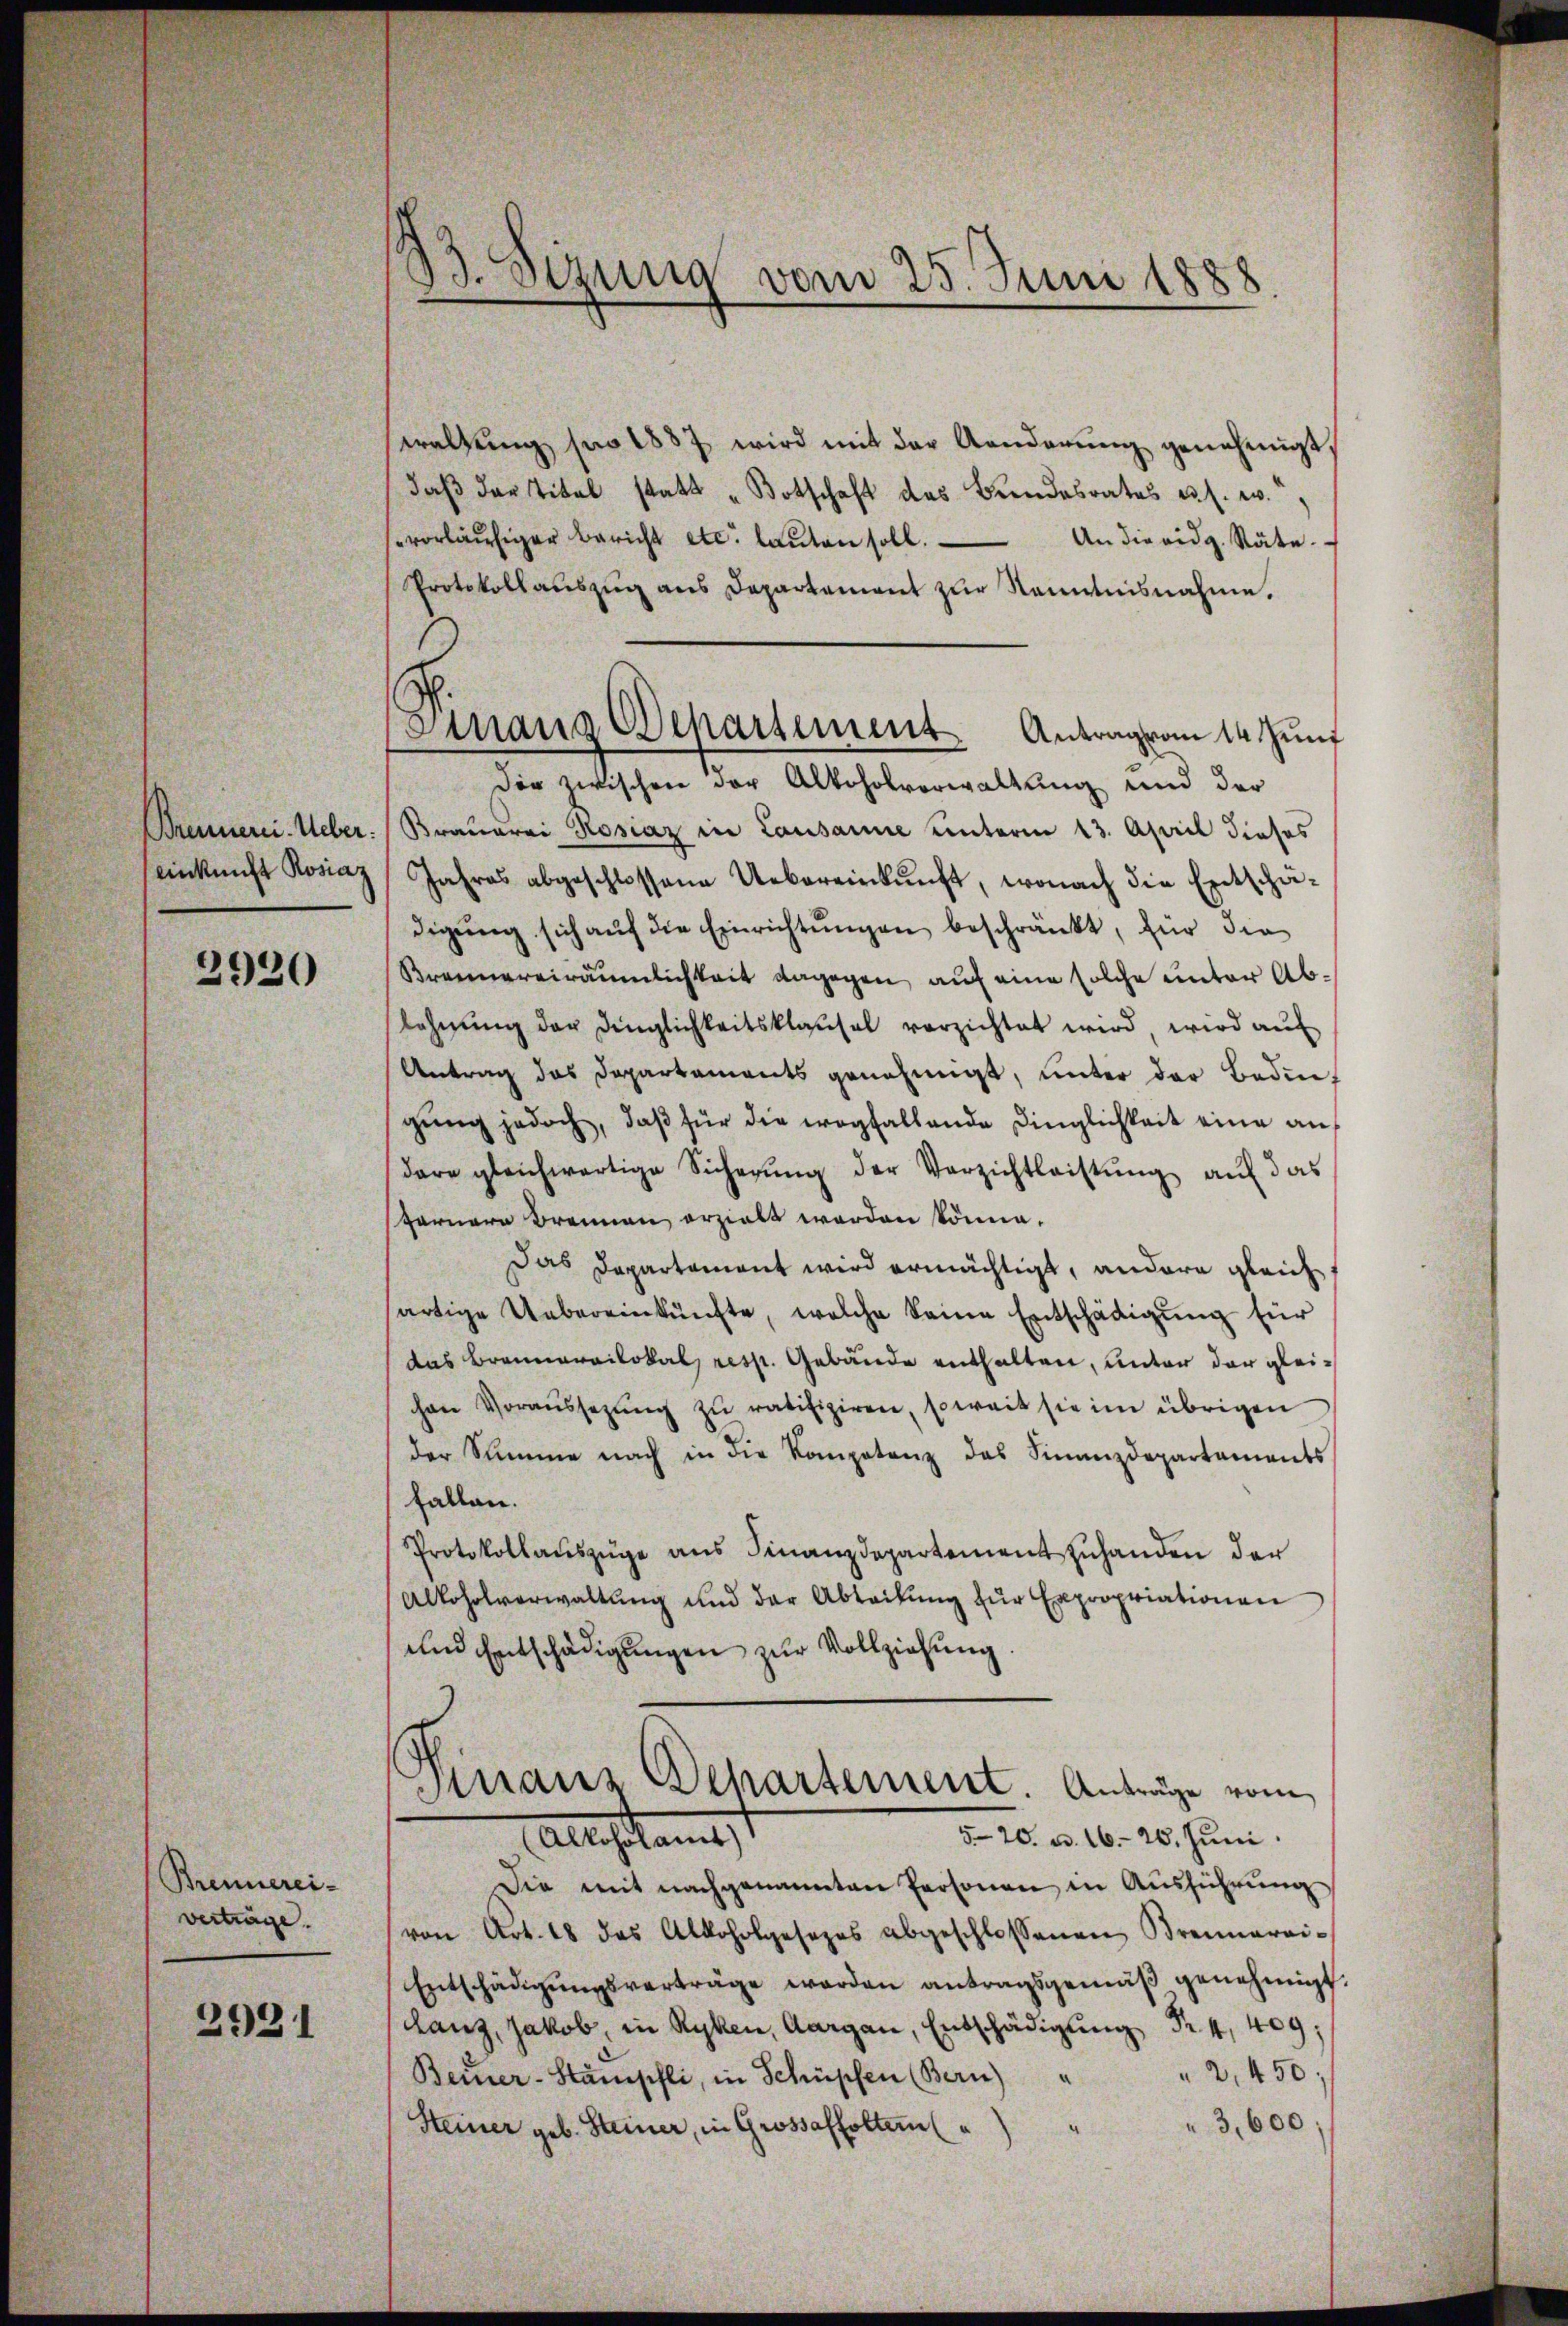
einkunft Rosiaz
2920

Brennerei-
verträge.

2921

13. Sizung vom 25. Juni 1888

Finanz Departement. Antrag vom 14. Juni

waltŭng pro 1887 wird mit der Aenderŭng genehmigt,
daβ der Titel statt „Botschaft das Bundesrates u. s. w.
vorläŭfiger Bericht etc. laŭten soll. An die eidg. Räte.
Protokoll aŭszŭg ans Departement zŭr Kenntnisnahme.
der zwischen der Alkoholverwaltung und der
Trennerei. Ueber. Braŭerei Rosiaz in Lausanne unterm 13. April dieses
Jahres abgeschlossene Uebereinkunft, wonach die Entschä-
digŭng sich aŭf die Einrichtŭngen beschränkt, für die
Brennereiräumlichkeit dagegen auf eine solche unter Ablehnŭng der dinglichkeitsklausel verzichtet wird, wird aŭf
Antrag das Departaments genehmigt, unter der Bedingŭng jedoch, daß für die wegfallende dinglichkeit eine andare gleichwärtige Sicherŭng der Verzichtleistŭng aŭf das
farnere Brennen erzielt werden könne.
Das Departament wird ermächtigt, andere gleich
artige Uebereinkünfte, welche keine Entschädigŭng für
das Brannarailokal, resp. Gebäude enthalten, unter der gleihen Voraussetzŭng zu ratifiziren, soweit sie im übrigen
der Summe nach in die Kompetenz das Finanzdepartaments
fallen.
Protokollauszüge ans Finanzdepartement zŭhanden der
Alkoholverwaltŭng und der Abteilŭng zŭr Expropriationen
und Entschädigungen zur Vollziehung
Finanz Departement. Anträge vom
520. v. 16. 20. Juni.
Allestamtst
Die mit nachgenannten Personen in Ausführŭng
(von Art. 18 das Alkoholgesezes abgeschlossenen Brennarri-
Entschädigŭngsverträge werden antragsgemäβ genehmigt.
Lanz, Jakob, in Ryken, Aargau, Entschädigŭng Nr. 4, 409;
Beiner-Stampfli, in Schüpfen (Bern) " " 2450;
3,600,
Steiner geb. Steiner, in Grossaffoltern (